Annual report of the Punjab Veterinary College and of the Civil Veterinary Department, Punjab - 1926-1932
Year: 1926
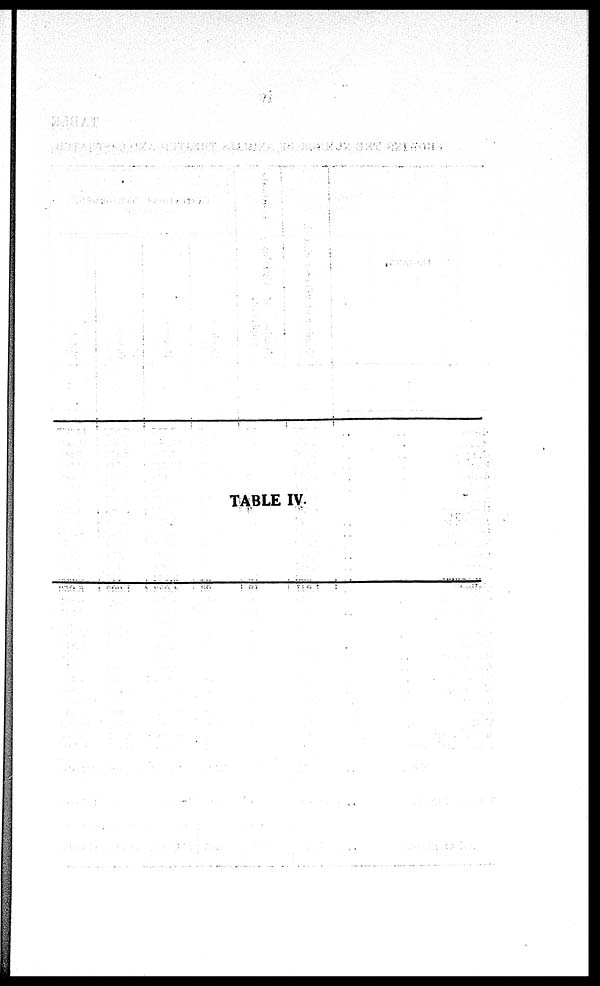
TABLE IV.